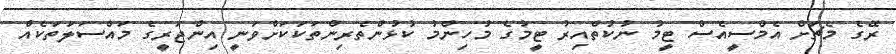
ރޭގެ މެޗަށް އެމްސީއެސް ޓީމު ނުކުތްއިރު ޓީމުގެ މުހިންމު ކުޅުންތެރިންތަކަކަށްވަނީ އިންޖަރީގެ މައްސަލަތަކެއް